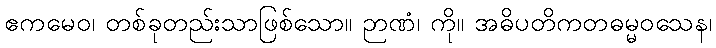
ဧကမေဝ၊ တစ်ခုတည်းသာဖြစ်သော။ ဉာဏံ၊ ကို။ အဓိပတိကတဓမ္မဝသေန၊